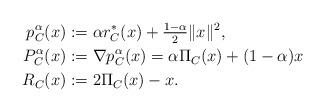
LaTeX: \begin{align*} p_{C}^{\alpha}(x)&:=\alpha r_{C}^*(x)+\tfrac{1-\alpha}{2}\|x\|^2,\\ P_{C}^{\alpha}(x)&:=\nabla p_{C}^{\alpha}(x)=\alpha\Pi_{C}(x)+(1-\alpha)x\\ R_C(x)&:=2\Pi_C(x)-x.\end{align*}